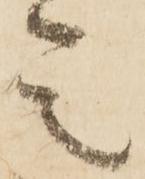
是